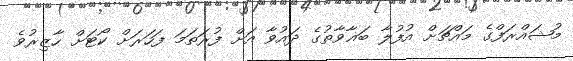
މުޝައްރަފްގެ މައްޗަށް އުފުލާ ބަޣާވާތުގެ ދައުވާ އަށް ފުރަތަމަ ފަހަރަށް ކޯޓަށް ހާޒިރުވެ